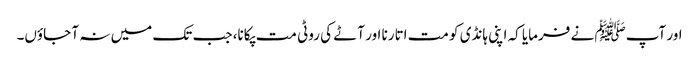
اور آپﷺ نے فرمایا کہ اپنی ہانڈی کو مت اتارنا اور آٹے کی روٹی مت پکانا، جب تک میں نہ آ جاؤں۔